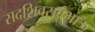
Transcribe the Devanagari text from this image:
सदशिवरावभाऊ